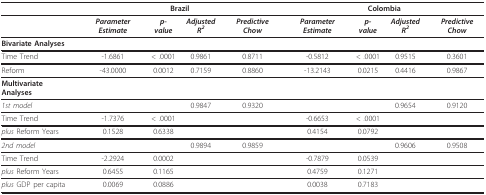
|  | <COLSPAN=4> Brazil | <COLSPAN=4> Colombia |
 | --- | --- | --- | --- | --- | --- | --- | --- | --- |
 |  | Parameter Estimate | p-value | Adjusted R2 | Predictive Chow | Parameter Estimate | p-value | Adjusted R2 | Predictive Chow |
 | Bivariate Analyses |  |  |  |  |  |  |  |  |
 | Time Trend | -1.6861 | < .0001 | 0.9861 | 0.8711 | -0.5812 | < .0001 | 0.9515 | 0.3601 |
 | Reform | -43.0000 | 0.0012 | 0.7159 | 0.8860 | -13.2143 | 0.0215 | 0.4416 | 0.9867 |
 | Multivariate Analyses |  |  |  |  |  |  |  |  |
 | 1st model |  |  | 0.9847 | 0.9320 |  |  | 0.9654 | 0.9120 |
 | Time Trend | -1.7376 | < .0001 |  |  | -0.6653 | < .0001 |  |  |
 | plus Reform Years | 0.1528 | 0.6338 |  |  | 0.4154 | 0.0792 |  |  |
 | 2nd model |  |  | 0.9894 | 0.9859 |  |  | 0.9606 | 0.9508 |
 | Time Trend | -2.2924 | 0.0002 |  |  | -0.7879 | 0.0539 |  |  |
 | plus Reform Years | 0.6455 | 0.1165 |  |  | 0.4759 | 0.1271 |  |  |
 | plus GDP per capita | 0.0069 | 0.0886 |  |  | 0.0038 | 0.7183 |  |  |